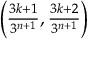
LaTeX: \textstyle \left( { \frac { 3 k + 1 } { 3 ^ { n + 1 } } } , { \frac { 3 k + 2 } { 3 ^ { n + 1 } } } \right)